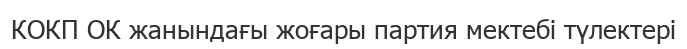
КОКП ОК жанындағы жоғары партия мектебі түлектері